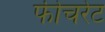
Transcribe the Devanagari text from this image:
फीचरेट